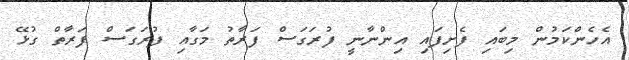
އެހެންކަމުން މިބައި ފެށިފައި އިންނާނީ ފުރަގަސް ފަރާތު މަގާއި ފުރަގަސް ފަރާތް ގުޅޭ